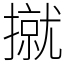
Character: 㩆